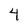
Character: 4